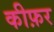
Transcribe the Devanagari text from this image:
कीफ़र